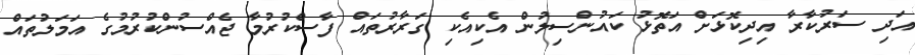
އަދި ސަރުކާރާ އިދިކޮޅަށް އަތޮޅު ކައުންސިލުން އެކިއެކި ގަރާރުތައް ފާސްކުރުމާ ޖެއްސުންކުރުމުގެ އަމަލުތައް